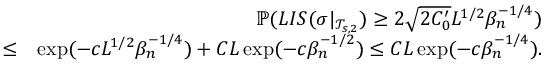
\begin{array} { r l r } & { } & { \mathbb { P } ( L I S ( \sigma | _ { \mathcal { T } _ { s , 2 } } ) \geq 2 \sqrt { 2 C _ { 0 } ^ { \prime } } L ^ { 1 \slash 2 } \beta _ { n } ^ { - 1 \slash 4 } ) } \\ & { \leq } & { \exp ( - c L ^ { 1 \slash 2 } \beta _ { n } ^ { - 1 \slash 4 } ) + C L \exp ( - c \beta _ { n } ^ { - 1 \slash 2 } ) \leq C L \exp ( - c \beta _ { n } ^ { - 1 \slash 4 } ) . } \end{array}